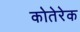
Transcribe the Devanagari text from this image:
कोतेरेक